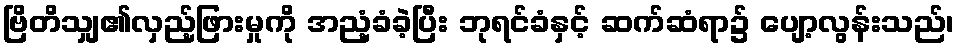
ဗြိတိသျှ၏လှည့်ဖြားမှုကို အညံ့ခံခဲ့ပြီး ဘုရင်ခံနှင့် ဆက်ဆံရာ၌ ပျော့လွန်းသည်၊